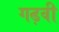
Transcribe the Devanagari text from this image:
गढ़वी